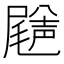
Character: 𡳦